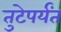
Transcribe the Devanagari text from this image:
तुटेपर्यंत